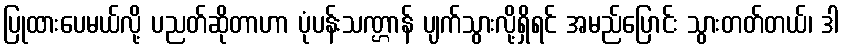
ပြုထားပေမယ်လို့ ပညတ်ဆိုတာဟာ ပုံပန်းသဏ္ဌာန် ပျက်သွားလို့ရှိရင် အမည်ပြောင်း သွားတတ်တယ်၊ ဒါ